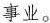
事业。